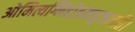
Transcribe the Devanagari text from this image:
ओमित्यग्निहोत्रमनुजानति।